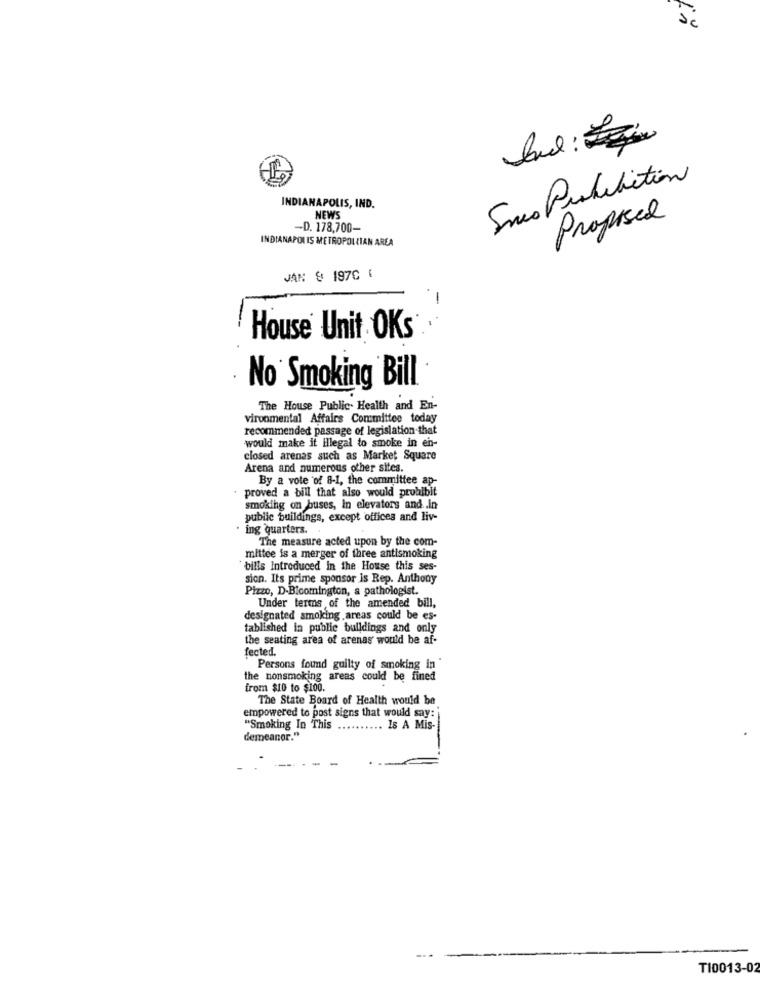
Snes Prohibition
INDIANAPOLIS, IND.
NEWS
Proposed
-D. 178,700-
INDIANAPOLIS METROPOLLIAN AREA
JAN @ 1970 {
-
House Unit OKs
No Smoking Bill
The House Public. Health and En-
vironmental Affairs Committee today
recommended passage of legislation that
would make it ilegal to smoke in en-
closed arenas such as Market Square
Arena and numerous other sites.
By a vote of 8-1, the committee ap-
proved a bill that also would prohibit
smoking on buses, In elevators and .in
public buildings, except offices and liv-
· ing quarters.
The measure acted upon by the com-
mittee is a merger of three antismoking
bills Introduced in the House this ses-
sion. Its prime sponsor is Rep. Anthony
Pizzo, D-Bloomington, s pathologist.
Under terms of the amended bill,
designated smoking areas could be es-
tablished in public buildings and only
the seating area of arenas would be af-
fected.
Persons found guilty of smoking in
the nonsmoking areas could be fined
from $10 to $100.
The State Board of Health would be
empowered to post signs that would say:
"Smoking In This
. Is A Mis-
demeanor."
TI0013-02